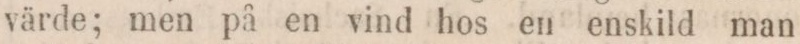
värde; men på en vind hos en enskild man